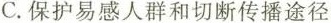
C.保护易感人群和切断传播途径